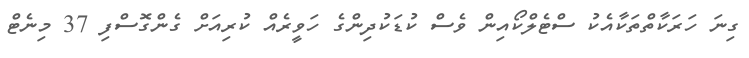
ގިނަ ހަރަކާތްތަކާއެކު ސްޓެލްކޯއިން ވެސް ކުޑަކުދިންގެ ހަވީރެއް ކުރިއަށް ގެންގޮސްފި 37 މިނެޓް